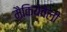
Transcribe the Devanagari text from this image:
मैकियेवेली